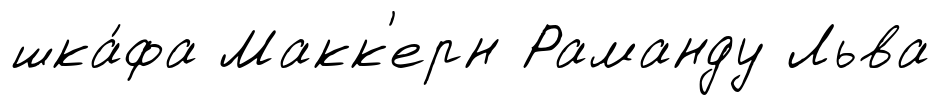
шка́фа Макк'ерн Раманду Льва